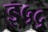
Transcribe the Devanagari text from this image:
इ५५